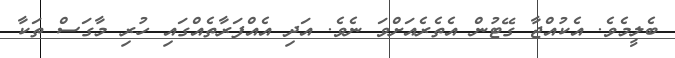
ބެލީމެވެ. އެކުއްޖާ ގޭޓުން އެތެރެއަށްވަ ނެވެ. އަދި އެއްފަރާތެއްގައި ހުރި މާގަސް ތަކާ